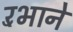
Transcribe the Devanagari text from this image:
रँभाने